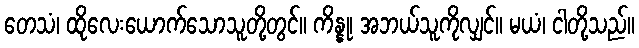
တေသံ၊ ထိုလေးယောက်သောသူတို့တွင်။ ကိန္နု၊ အဘယ်သူကိုလျှင်။ မယံ၊ ငါတို့သည်။